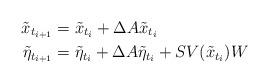
LaTeX: \begin{align*}\tilde x_{t_{i+1}} &= \tilde x_{t_{i}} + \Delta A \tilde x_{t_{i}} \\\tilde \eta_{t_{i+1}} &= \tilde \eta_{t_{i}} + \Delta A \tilde \eta_{t_{i}} + S V(\tilde x_{t_{i}}) W\end{align*}